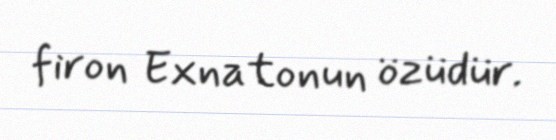
firon Exnatonun özüdür.